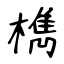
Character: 檇